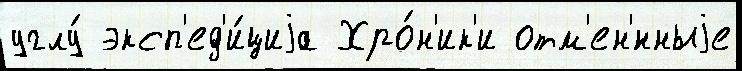
углу́ эксп'ед'и́циjа Хро́н'ик'и отм'ен'́нныjе